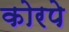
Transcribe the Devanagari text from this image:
कोरपे